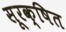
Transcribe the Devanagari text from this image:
सूरक्षित